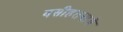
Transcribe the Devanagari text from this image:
वसीहतनामे